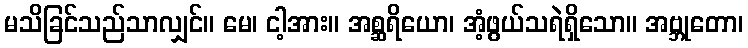
မသိခြင်သည်သာလျှင်။ မေ၊ ငါ့အား။ အစ္ဆရိယော၊ အံ့ဖွယ်သရဲရှိသော။ အဗ္ဘုတော၊